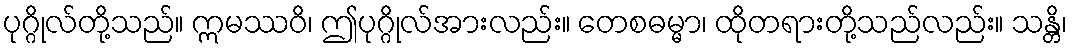
ပုဂ္ဂိုလ်တို့သည်။ ဣမဿဝိ၊ ဤပုဂ္ဂိုလ်အားလည်း။ တေစဓမ္မာ၊ ထိုတရားတို့သည်လည်း။ သန္တိ၊